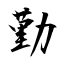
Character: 勤